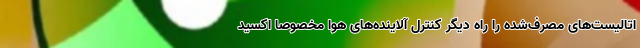
اتالیست‌های مصرف‌شده را راه دیگر کنترل آلاینده‌های هوا مخصوصاً اکسید